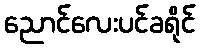
ညောင်လေးပင်ခရိုင်